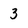
Character: 3